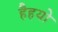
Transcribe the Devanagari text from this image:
हैहयो